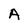
Character: A